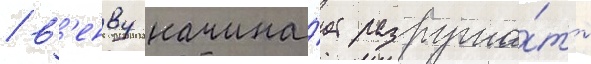
/ в'енву начина́ет разруша́ть